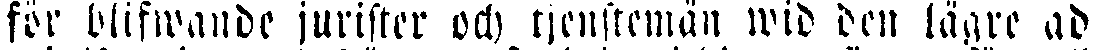
för blifwande jurister och tjenstemän wid den lägre ad-